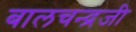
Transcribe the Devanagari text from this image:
बालचन्द्रजी